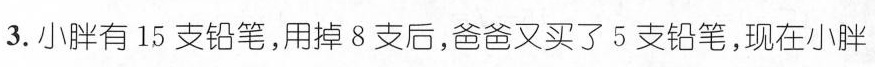
3.小胖有15支铅笔，用掉8支后，爸爸又买了5支铅笔，现在小胖